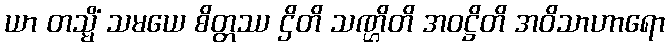
ယာ တသ္မိံ သမယေ စိတ္တဿ ဌိတိ သဏ္ဌိတိ အဝဋ္ဌိတိ အဝိသာဟာရော